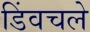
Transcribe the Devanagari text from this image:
डिंवचले